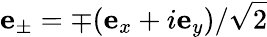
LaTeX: \mathbf{e}_{\pm}=\mp(\mathbf{e}_{x}+i\mathbf{e}_{y})/\sqrt{2}